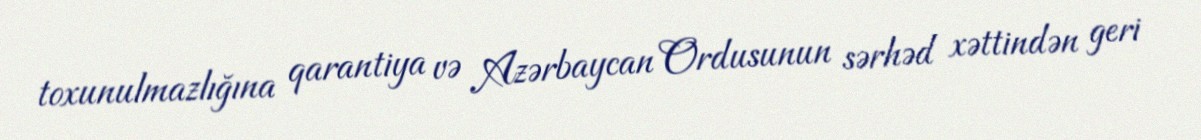
toxunulmazlığına qarantiya və Azərbaycan Ordusunun sərhəd xəttindən geri